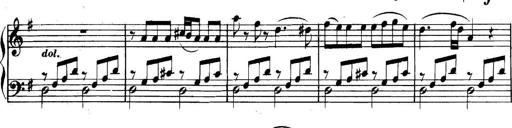
Title: Collected Piano Sonatas
Composer: Muzio Clementi